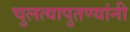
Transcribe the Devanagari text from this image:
चुलत्यापुतण्यांनी